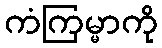
ကံကြမ္မာကို